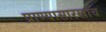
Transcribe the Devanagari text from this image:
प्राण्यासारखाच